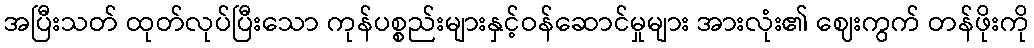
အပြီးသတ် ထုတ်လုပ်ပြီးသော ကုန်ပစ္စည်းများနှင့်ဝန်ဆောင်မှုများ အားလုံး၏ ဈေးကွက် တန်ဖိုးကို